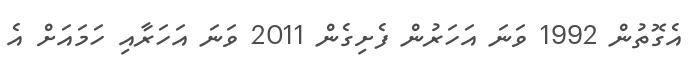
އެގޮތުން 1992 ވަނަ އަހަރުން ފެށިގެން 2011 ވަނަ އަހަރާއި ހަމައަށް އެ